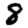
Digit: 8